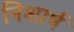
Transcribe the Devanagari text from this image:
निशार्ष